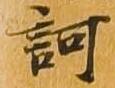
訶